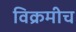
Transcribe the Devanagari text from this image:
विक्रमीच